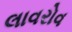
લાવરોવ